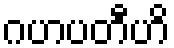
ဂဟပတီဟိ